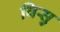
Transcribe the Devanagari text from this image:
विसु